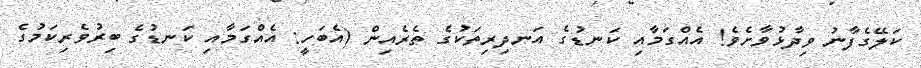
ކަލޭގެފާނު ވިދާޅުވާށެވެ! އެއްގަމާއި ކަނޑުގެ އަނދިރިތަކުގެ ތެރެއިން (އެބަހީ: އެއްގަމާއި ކަނޑުގެ ބިރުުވެރިކަމުގެ